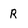
Character: R